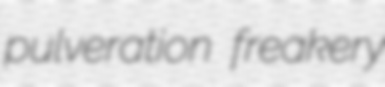
pulveration freakery